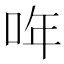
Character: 哖